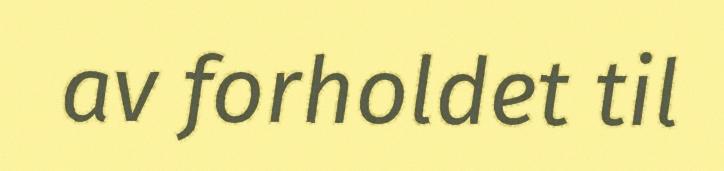
av forholdet til